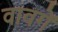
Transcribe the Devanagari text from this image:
वावगें